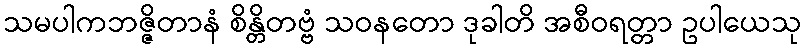
သမပါကဘဇ္ဇိတာနံ စိန္တိတဗ္ဗံ သဝနတော ဒုခါတိ အစီဝရတ္တာ ဥပါယေသု